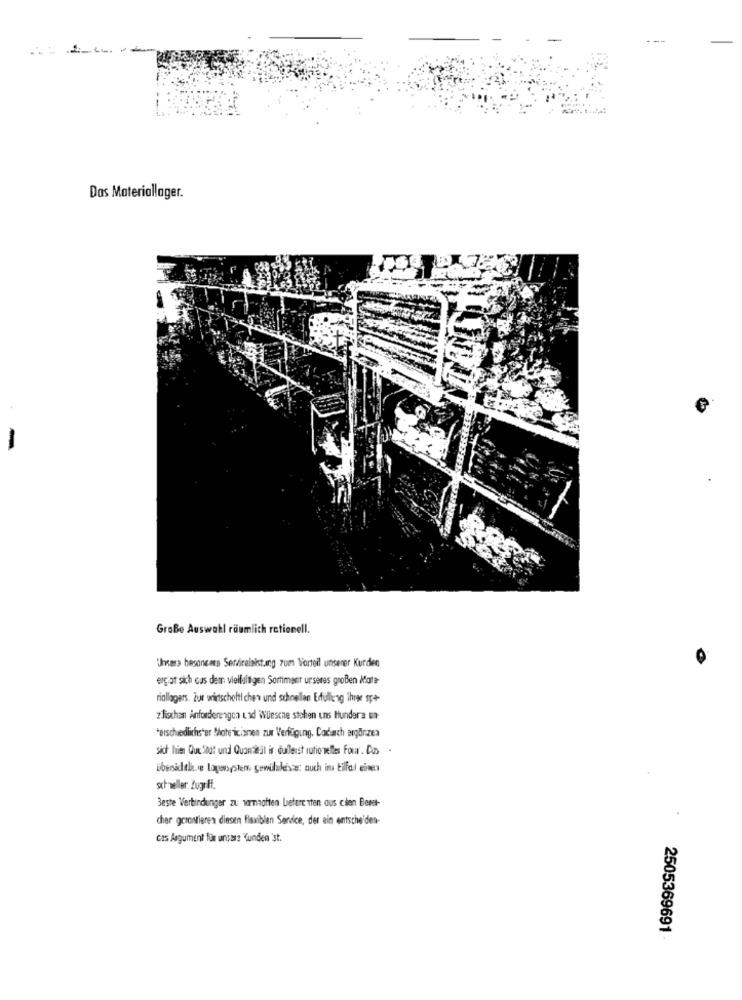
Das Materiallager.
Große Auswahl räumlich rationell.
"Jhcara besoncars Servireleistung zum Vorteil unserer Kurden
erg at sich cas dem vielfaltigen Sortiment urseres großen Mate-
riallagers. Zur wirtschofti chen und schnellen Erfülleng ihrer sp+-
z fischen Anforderengen u xd WDesche stehen uns Hundera un-
*erschiedlichs'er Mote icianen zur Verfügung. Codach argörzes
sich hien Que Salat und Quantitil ir dullerst rutio welles Four. Co .
übenidthe logonsystems, gewilake'sze: nuch ins tilfal eine
schneller. Zugriff.
Beste Verbindunger zu wrnaaften betere tten aus cien Beret-
cher gorontieren diesen flexiblen Service, der ain entscheiden-
cas Argument für unsere Kunden st.
2505369691